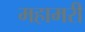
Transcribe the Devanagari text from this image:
महामरी